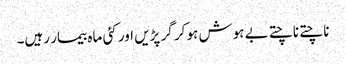
ناچتے ناچتے بے ہوش ہو کر گر پڑیں اور کئی ماہ بیمار رہیں۔